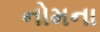
નોમના